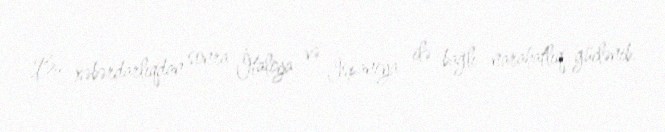
Bu xəbərdarlıqdan sonra İtaliya və İspaniya ilə bağlı narahatlıq güclənib.